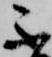
不